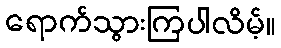
ရောက်သွားကြပါလိမ့်။